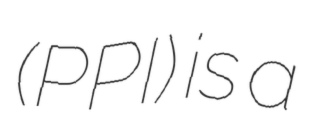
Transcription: (PPI) is a